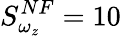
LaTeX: S_{\omega_{z}}^{NF}=10\